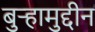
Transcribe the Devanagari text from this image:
बुऱ्हामुद्दीन